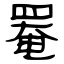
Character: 罨